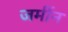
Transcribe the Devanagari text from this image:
जमींन